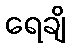
ရေချိ